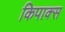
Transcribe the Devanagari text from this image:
किपाक्स